Newspaper: Weekly Chillicothe crisis.
Place of publication: Chillicothe, Livingston Co., Mo.
Publisher: T.H. Lankford & R.N. Reynolds
Date: 1885-03-12 00:00:00
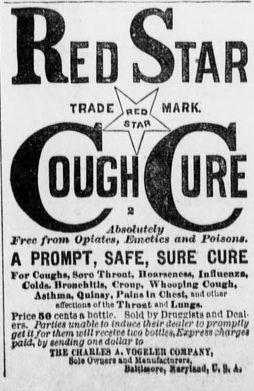
Advertisement text (OCR):
Red Star TRADEmMARK. 9MSSSM A hunt lit flu SMSSS AbnnJutchi free from Opiates, Ishnetics and poisons, A PROMPT, SAFE, SURE CURE For Cough, Bore Threat llnaracnM, Influenia, Cold. Hrwithltli, Cronp, Whooplnaj Vtiugu, Aatbma. Qulnay. lUlna In (Jurat, auit utUar alTactlouiDriha Throat ami Langs, Price 50 (rnte ft dottle. Bold t'V Druiri:lat and Deal em. Iirlit unahU to induce their dtuUr to prompt! get Itor them will metre tica bottlet,iiipriti ;Ary paid, by tfnding on dollar to IU ( IURI.M A. TMILEIt nXPAKY, IttWyiTlwnfcnd Manufacturart. MlliMaf, KarrUatPlii
Label: illustrations